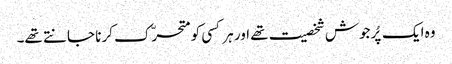
وہ ایک پُرجوش شخصیت تھے اور ہر کسی کو متحرّک کرنا جانتے تھے۔